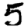
Digit: 5